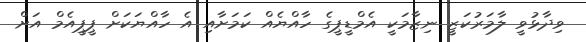
ވިދާޅުވީ ލާމަރުކަޒީ ނިޒާމަކީ އެމްޑީޕީގެ ހާއްޔެއް ކަމަށާއި އެ ހާއްޔަކަށް ޕީޕީއެމް އަށް